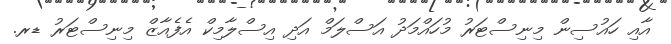
އާއި ހައުސިން މިނިސްޓަރު މުހައްމަދު އަސްލަމް އަދި އިސްލާމިކް އެފެއާޒް މިނިސްޓަރު ޑރ.